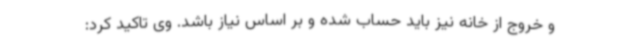
و خروج از خانه نیز باید حساب شده و بر اساس نیاز باشد. وی تاکید کرد: